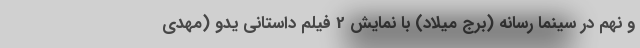
و نهم در سینما رسانه (برج میلاد) با نمایش 2 فیلم داستانی یدو (مهدی